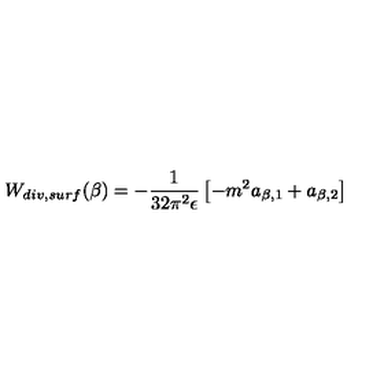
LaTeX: W _ { d i v , s u r f } ( \beta ) = - { \frac { 1 } { 3 2 \pi ^ { 2 } \epsilon } } \left[ - m ^ { 2 } a _ { \beta , 1 } + a _ { \beta , 2 } \right]